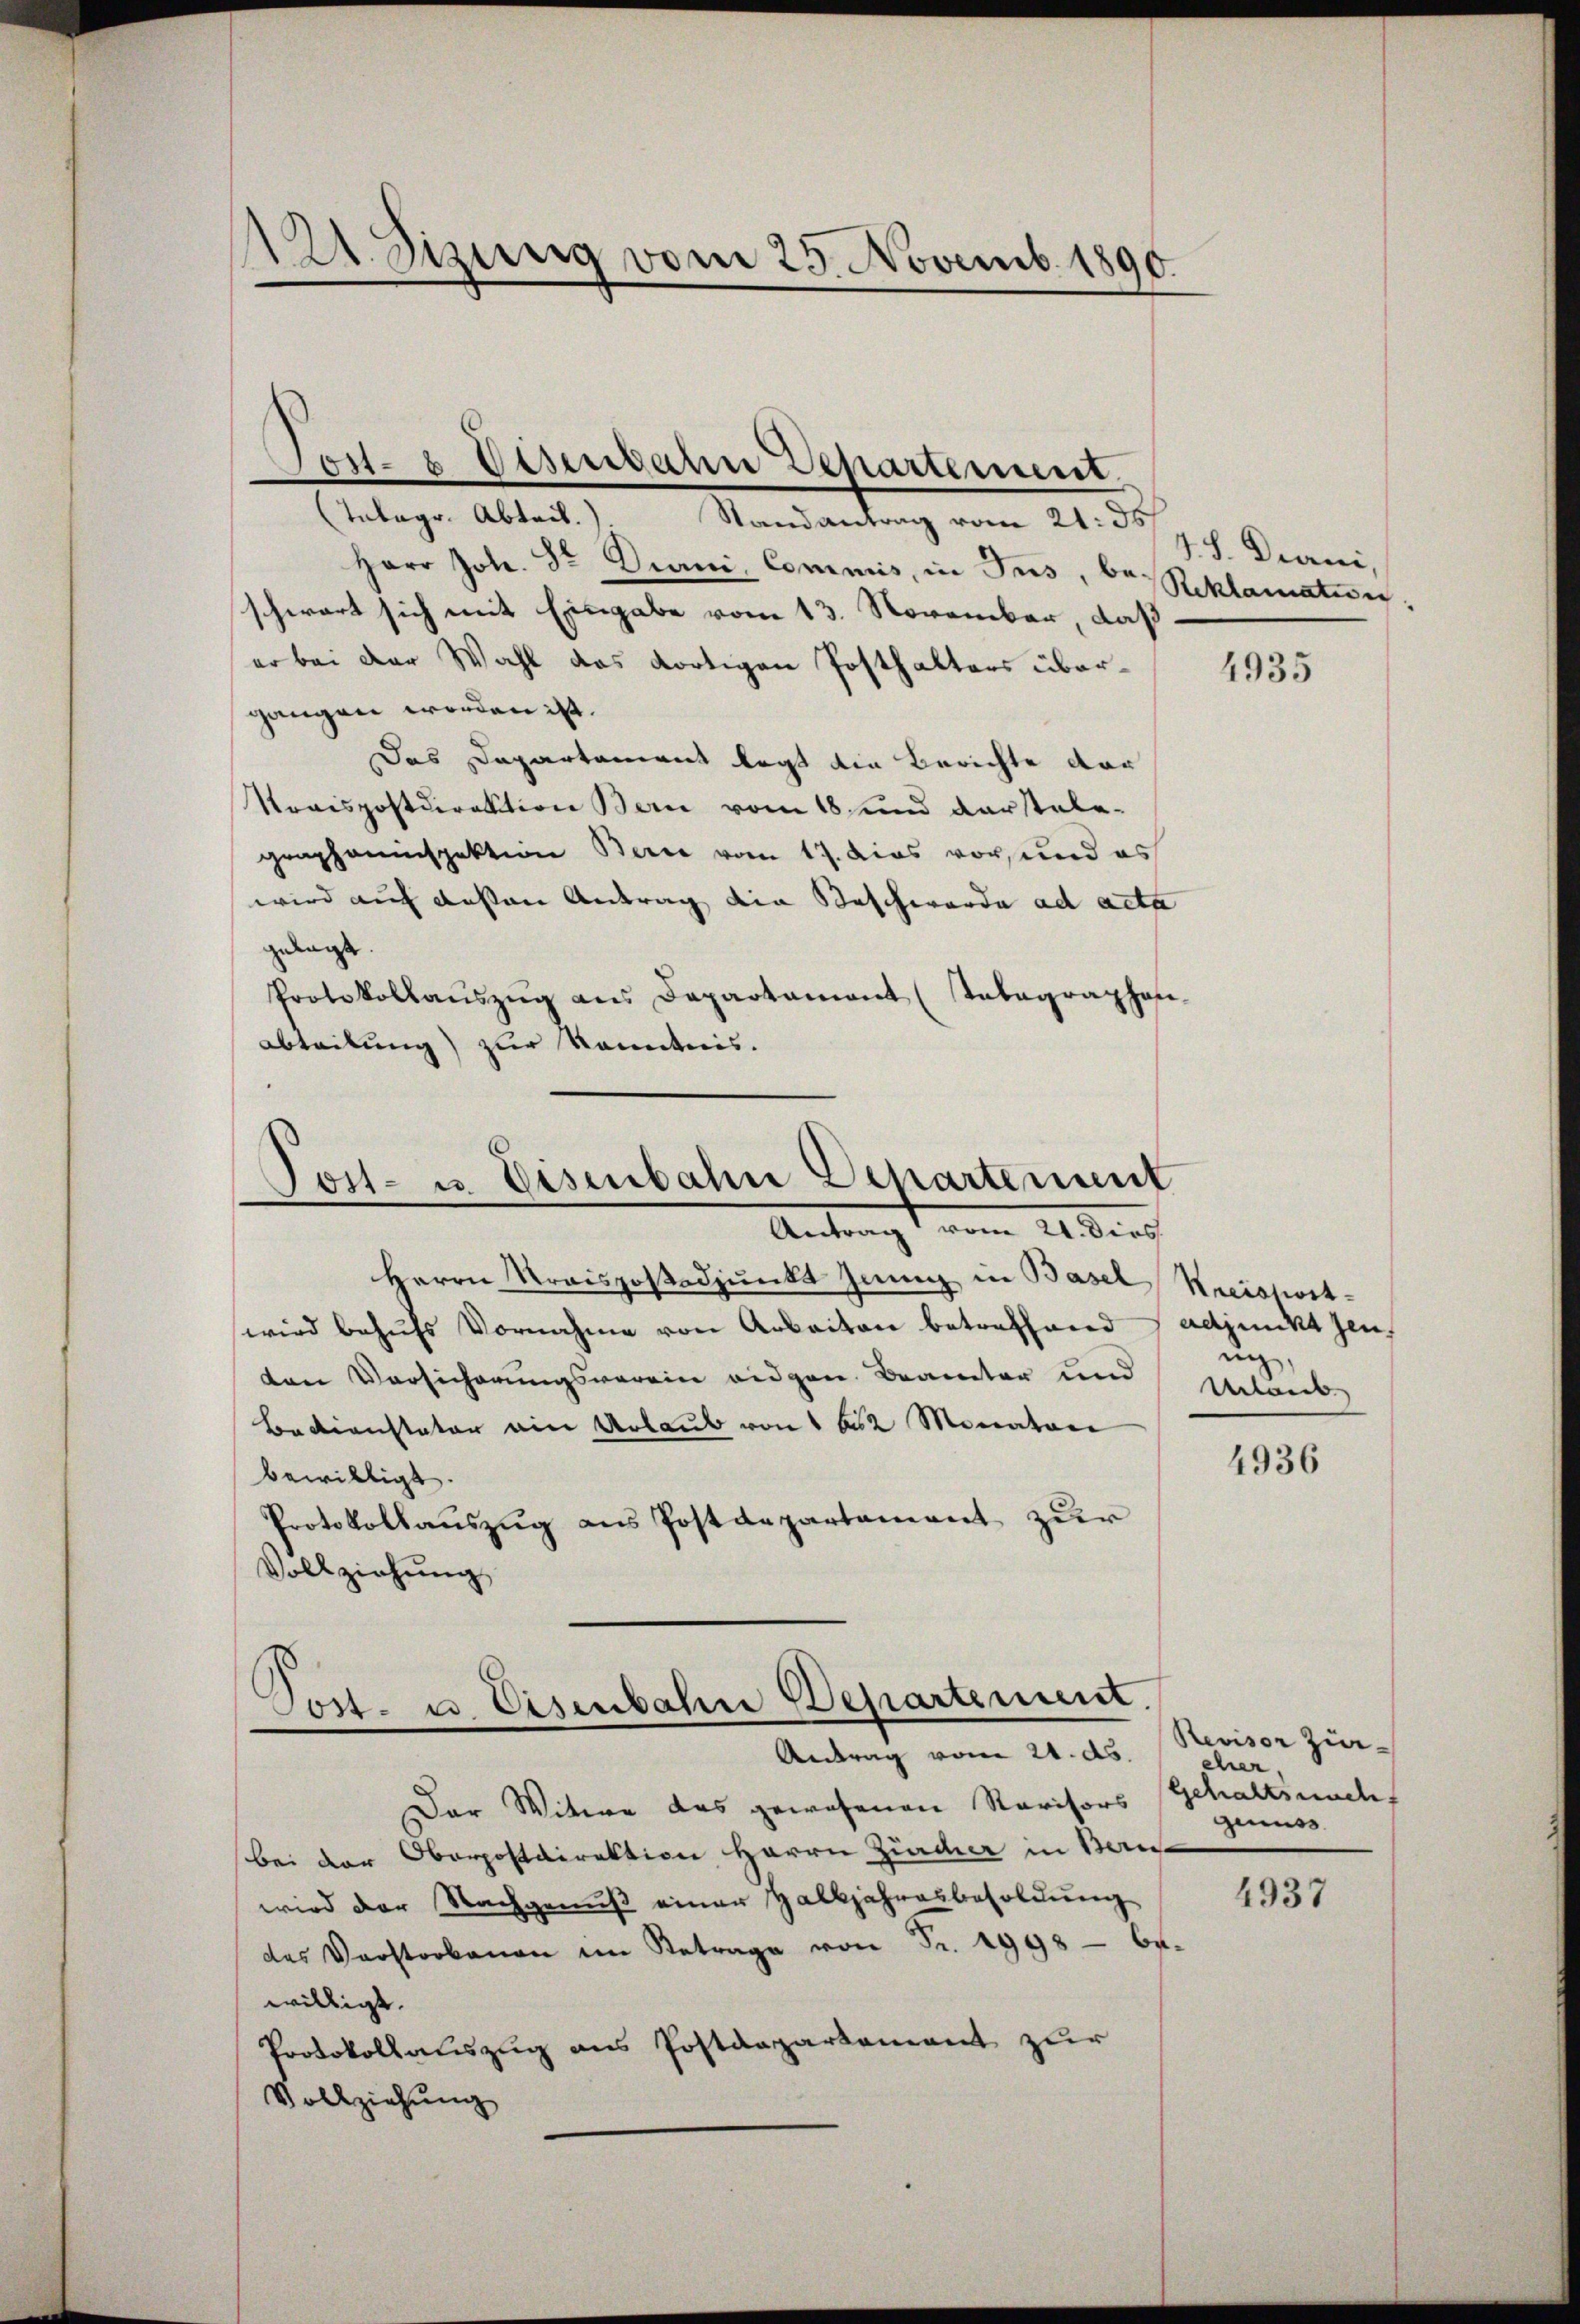
121. Sizung vom 25. Novemb. 1890

Tabagr. Abteil.
Randantrag vom 21. ds
Herr Joh. Sr. Drani, Commis, in Jes, bei Reklamation
schwart sich mit Eingabe vom 13. November, daß
er bei der Wahl das dortigen Posthalters übergangen worden ist.
Das Departament legt die Berichte dar
Torispostdirektion Bern vom 18. und darstele-
grapheninspektion Berne vom 17. dies vor, und es
wird auf dessen Antrag die Beschwerde ad acta
gelegt.
Protokollaŭszŭg ans Departament (Tabagraphen-
Abteilung) zur Kenntnis.

Jost- & Eisenbahn Departement.

Post- u. Eisenbahn Departement
e
Antrag vom 21. dies

Herrn Preispostadjunkt Juni in Basel
wird behufs Vornahme von Arbeiten betreffend
ten Versicherungsverein eidgen. Beamter und
Bedienstator ein Urlaub von 1612 Monatore
bewilligt
Protokollaŭszŭg ans Postdepartement zur
Vollziehung

Post- u. Eisenbahn Departement.
Antrag vom 21. ds.

V. S. Diani,

Der Witwe das gewesenen Revisors Gehaltsnach
bei der Oberpostdirektion Herrn Zürcher in Bern
wird der Nachgenuß einer Halbjahresbesoldung
des Verstorbenen im Betrage von Fr. 1998 - be-
willigt.
Protokollauszug aus Postdepartement zur
Vollziehung

4935

Kreisport
adjeint jen
ni,
Manb

4936

Revisor Zineher,
genuss

4937